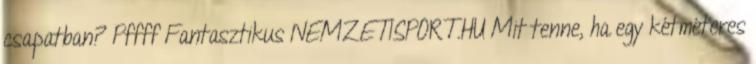
csapatban? Pffff Fantasztikus NEMZETISPORT.HU Mit tenne, ha egy kétméteres